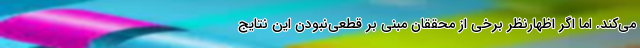
می‌کند. اما اگر اظهارنظر برخی از محققان مبنی بر قطعی‌نبودن این نتایج